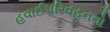
હવાઈપરિવહનનો